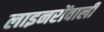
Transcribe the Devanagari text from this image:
लाइनरोंवाली